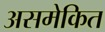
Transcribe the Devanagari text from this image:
असमेकित